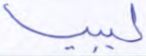
ليبيا